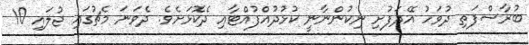
ބުރާސްފަތި ދުވަހު އޭދަފުށި ނިކުންނާނީ ކުޅުދުއްފުއްޓާއި ދެކޮޅަށެވެ. ދެވަނަ މެޗުގައި ޖުލައި 10